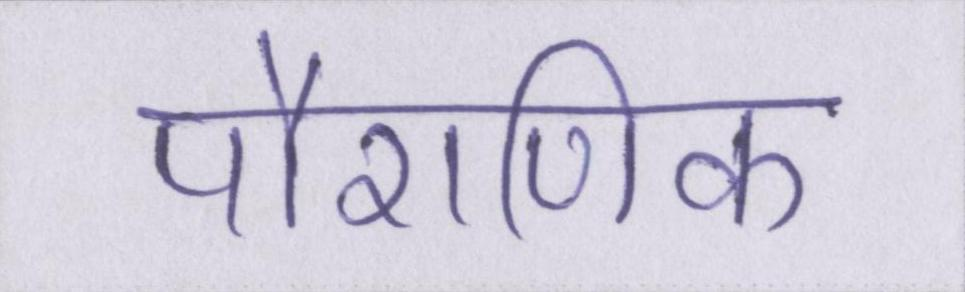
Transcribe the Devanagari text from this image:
पौराणिक